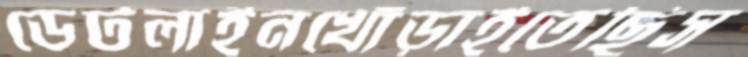
ডেটলাইনখোঁড়াইতেছিস